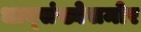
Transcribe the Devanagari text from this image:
धाव्संख्येसमोर